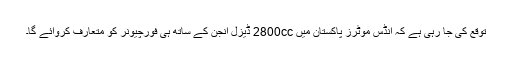
توقع کی جا رہی ہے کہ انڈس موٹرز پاکستان میں 2800cc ڈیزل انجن کے ساتھ ہی فورچیونر کو متعارف کروائے گا۔